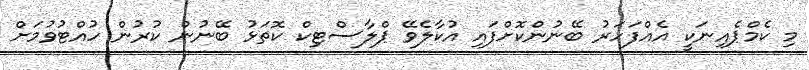
މި ކެމްޕެއިނަކީ އެއްފަހަރު ބޭނުންކޮށްފައި އުކާލެވޭ ޕްލާސްޓިކް ކޮތަޅު ބޭނުން ކުރުން ހުއްޓުވުމަށް